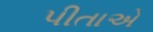
પીતાએ